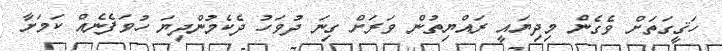
ހަޤީގަތަށް ވެގެން މިދިޔައީ ރައްޔިތުން ވަރަށް ގިނަ ދުވަހު ދެކެމުންދިޔަ ހުވަފެނެއް ކަމަށާ